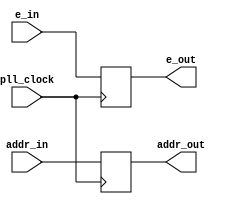
module addr_delay (pll_clock, addr_in, addr_out, e_in, e_out);

parameter ADDR_WIDTH = 11;
// signals for connecting to the Avalon fabric 
input e_in, pll_clock;
input [ADDR_WIDTH-1:0] addr_in;
output e_out;
output [ADDR_WIDTH-1:0] addr_out;

(* altera_attribute = "-name AUTO_SHIFT_REGISTER_RECOGNITION OFF" *) (* preserve="true" *) reg [ADDR_WIDTH-1:0] addr_out;
(* altera_attribute = "-name AUTO_SHIFT_REGISTER_RECOGNITION OFF" *) (* preserve="true" *) reg e_out;

always@(posedge pll_clock) begin
	addr_out <= addr_in;
	e_out <= e_in;
end

endmodule